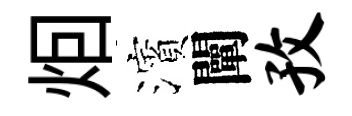
𤇆濱闡孜